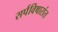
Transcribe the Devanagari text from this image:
सर्पविषारांत